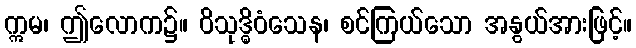
ဣမ၊ ဤလောက၌။ ဝိသုဒ္ဓိဝံသေန၊ စင်ကြယ်သော အနွယ်အားဖြင့်။